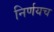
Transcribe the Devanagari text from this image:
निर्णयच